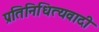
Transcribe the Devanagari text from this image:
प्रतिनिधित्यवादी